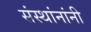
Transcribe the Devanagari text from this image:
संस्थांनांनी